Sketch of the medical history of the native army of Bombay, for the year
Year: 1875
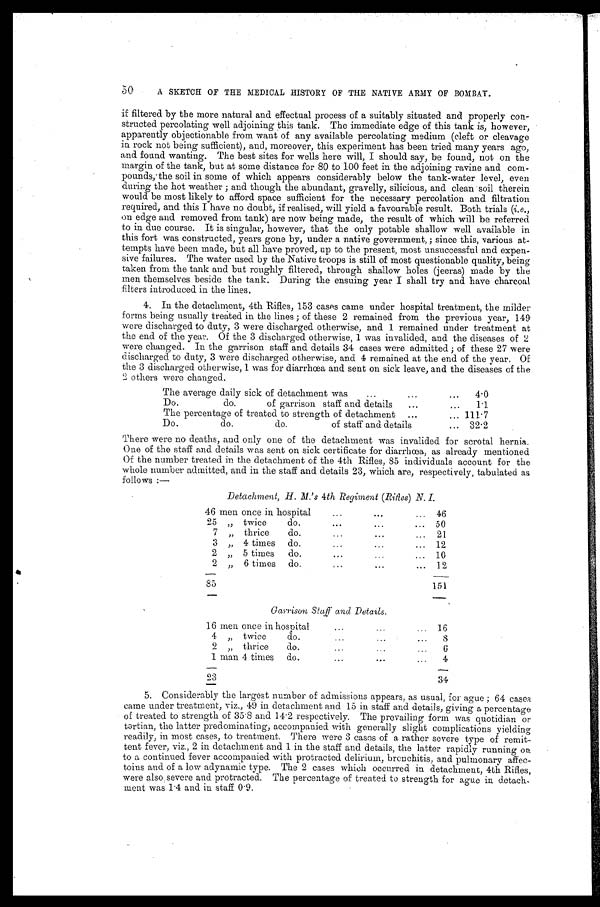
50 A SKETCH OF THE MEDICAL HISTORY OF THE NATIVE ARMY OF BOMBAY.
if filtered by the more natural and effectual process of a suitably situated and properly con--
structed percolating well adjoining this tank. The immediate edge of this tank is, however,
apparently objectionable from want of any available percolating medium (cleft or cleavage
in rock not being sufficient), and, moreover, this experiment has been tried many years ago,
and found wanting. The best sites for wells here will, I should say, be found, not on the
margin of the tank, but at some distance for 80 to 100 feet in the adjoining ravine and
com-pounds, the soil in some of which appears considerably below the tank-water level, even
during the hot weather; and though the abundant, gravelly, silicious, and clean soil therein
would be most likely to afford space sufficient for the necessary percolation and filtration
required, and this I have no doubt, if realised, will yield a favourable result. Both trials ( i.e.,
on edge and removed from tank) are now being made, the result of which will be referred
to in due course. It is singular, however, that the only potable shallow well available in
this fort was constructed, years gone by, under a native government,; since this, various at--
tempts have been made, but all have proved, up to the present, most unsuccessful and expen--
sive failures. The water used by the Native troops is still of most questionable quality, being
taken from the tank and but roughly filtered, through shallow holes (jeeras) made by the
men themselves beside the tank. During the ensuing year I shall try and have charcoal
filters introduced in the lines.
4. In the detachment, 4th Rifles, 153 cases came under hospital treatment, the milder
forms being usually treated in the lines; of these 2 remained from the previous year, 149
were discharged to duty, 3 were discharged otherwise, and 1 remained under treatment at
the end of the year. Of the 3 discharged otherwise, 1 was invalided, and the diseases of 2
were changed. In the garrison staff and details 34 cases were admitted; of these 27 were
discharged to duty, 3 were discharged otherwise, and 4 remained at the end of the year. Of
the 3 discharged otherwise, 1 was for diarrhœa and sent on sick leave, and the diseases of the
2 others were changed.
The average daily sick of detachment was
4.0
Do.
do.
of garrison staff and details
1.1
The percentage of treated to strength of detachment
111.7
Do.
do.
do.
of staff and details
32.2
There were no deaths, and only one of the detachment was invalided for scrotal hernia.
One of the staff and details was sent on sick certificate for diarrhœa, as already mentioned
Of the number treated in the detachment of the 4th Rifles, 85 individuals account for the
whole number admitted, and in the staff and details 23, which are, respectively, tabulated as
follows:—
Detachment, H. M.'s 4th Regiment (Rifles) N. I.
46 men once in hospital
46
25 " twice do.
50
7 " thrice
do.
21
3 " 4 times do.
12
2 " 5 times do.
10
2"6 times do.
12
85
151
Garrison Staff and Details.
16 men once in hospital
16
4 " twice
do.
8
2 " thrice do.
6
1 man 4 times do.
4
23
34
5. Considerably the largest number of admissions appears, as usual, for ague; 64 cases
came under treatment, viz., 49 in detachment and 15 in staff and details, giving a percentage
of treated to strength of 35.8 and 14.2 respectively. The prevailing form was quotidian or
tertian, the latter predominating, accompanied with generally slight complications yielding
readily, in most cases, to treatment. There were 3 cases of a rather severe type of remit-
tent fever, viz., 2 in detachment and 1 in the staff and details, the latter rapidly running on
to a continued fever accompanied with protracted delirium, bronchitis, and pulmonary affec-
- t o i n s a n d o f a l o w a d y n a m i c t y p e . T h e 2 c a s e s w h i c h o c c u r r e d i n d e t a c h m e n t , 4 t h R i f l e s ,
w e r e a l s o , s e v e r e a n d p r o t r a c t e d . T h e p e r c e n t a g e o f t r e a t e d t o s t r e n g t h f o r a g u e i n d e t a c h ,
meat was 1.4 and in staff 0.9.